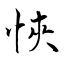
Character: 悏